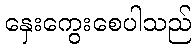
နှေးကွေးစေပါသည်